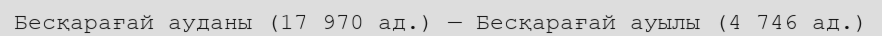
Бесқарағай ауданы (17 970 ад.) — Бесқарағай ауылы (4 746 ад.)